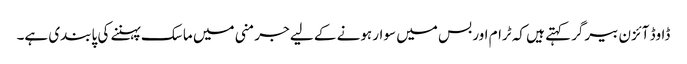
ڈاوڈ آئزن بیرگر کہتے ہیں کہ ٹرام اور بس میں سوار ہونے کے لیے جرمنی میں ماسک پہننے کی پابندی ہے۔